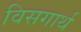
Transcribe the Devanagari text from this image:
विसगार्थ